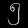
Digit: ၅